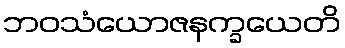
ဘဝသံယောဇနက္ခယေတိ